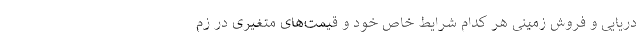
دریایی و فروش زمینی هر کدام شرایط خاص خود و قیمت‌های متغیری در زم